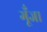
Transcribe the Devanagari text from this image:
गूँजा